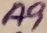
Text: A9